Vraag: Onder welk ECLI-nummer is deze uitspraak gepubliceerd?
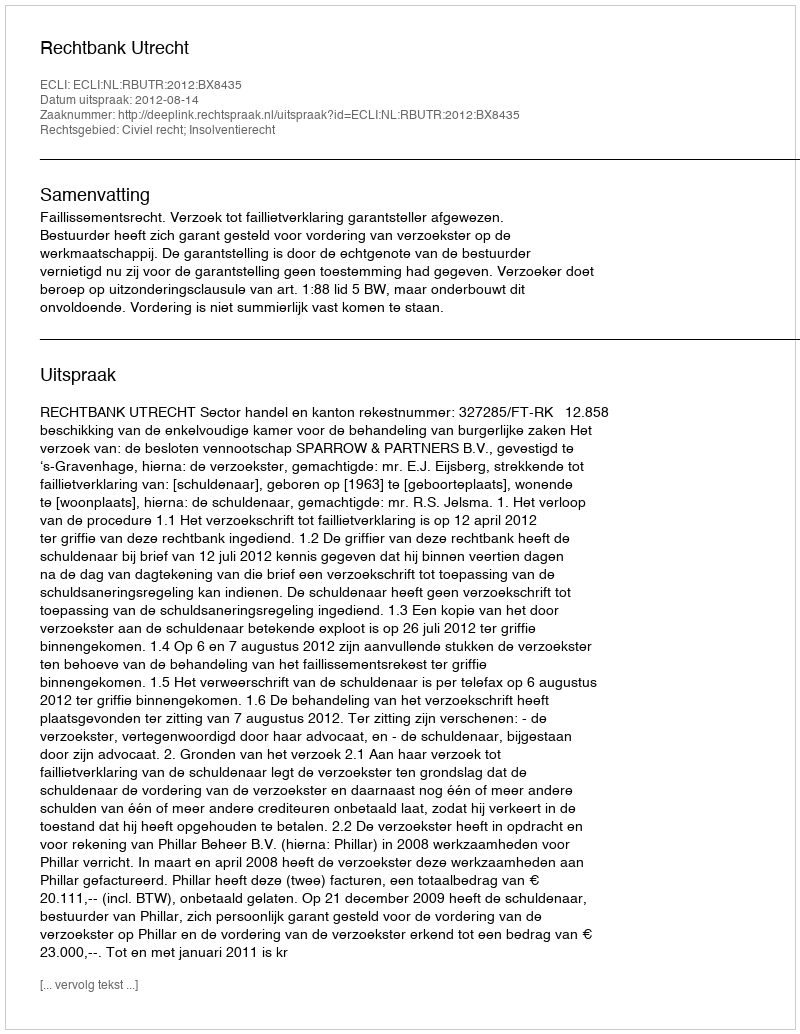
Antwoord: ECLI:NL:RBUTR:2012:BX8435